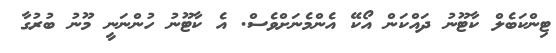
ޓިންކަބެލް ކާޓޫނު ދައްކަން އޯކޭ އެންމެނަށްވެސް. އެ ކާޓޫނު ހުންނަނީ މޫނު ބުރުގާ